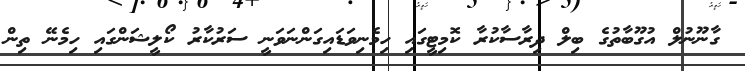
ގާނޫނުލް އުގޫބާތުގެ ބިލް ދިރާސާކުރާ ކޮމިޓީގައި ހިމެނިވަޑައިގަންނަވަނީ ސަރުކާރު ކޯލީޝަންގައި ހިމެނޭ ތިން